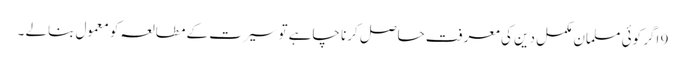
9 اگر کوئی مسلمان مکمل دین کی معرفت حاصل کرنا چاہے تو سیرت کے مطالعہ کو معمول بنالے ۔